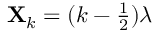
\mathbf { X } _ { k } = ( k - \textstyle \frac { 1 } { 2 } ) \lambda